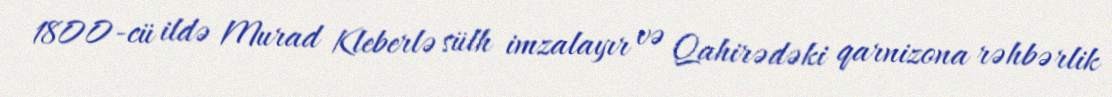
1800-cü ildə Murad Kleberlə sülh imzalayır və Qahirədəki qarnizona rəhbərlik